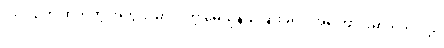
၁၉၆၄ က ထုတ်တဲ့ အတွဲ ၉ မှာ ပါတဲ့ မေယုနယ်ခြားခရိုင် အကြောင်းမှာ ရိုဟင်ဂျာ